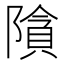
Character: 𮥞